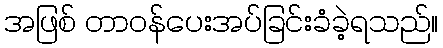
အဖြစ် တာဝန်ပေးအပ်ခြင်းခံခဲ့ရသည်။